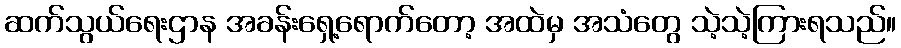
ဆက်သွယ်ရေးဌာန အခန်းရှေ့ရောက်တော့ အထဲမှ အသံတွေ သဲ့သဲ့ကြားရသည်။